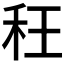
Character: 𮂴